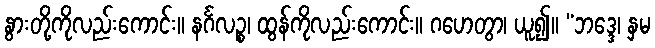
နွားတို့ကိုလည်းကောင်း။ နင်္ဂလဉ္စ၊ ထွန်ကိုလည်းကောင်း။ ဂဟေတွာ၊ ယူ၍။ “ဘဒ္ဒေ၊ နှမ